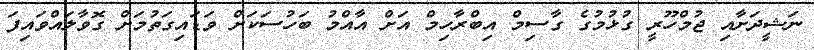
ނަޝީދަށާއި ޖުމްހޫރީ ގުޅުމުގެ ގާސިމް އިބްރާހިމް އަށް އާއްމު ބަހުސަކަށް ވަޑައިގަތުމަށް ގޮވާލައްވައިފަ